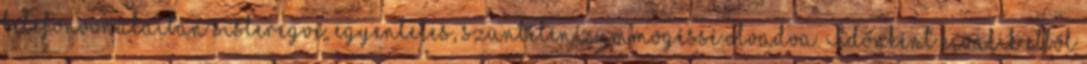
telefonvonalaiban sisteregve, egyenletes, szüntelen zümmögéssé olvadva. Időnként kiválik ebből